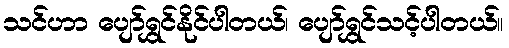
သင်ဟာ ပျော်ရွှင်နိုင်ပါတယ်၊ ပျော်ရွှင်သင့်ပါတယ်။